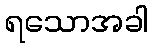
ရသောအခါ